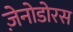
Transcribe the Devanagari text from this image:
ज़ेनोडोरस